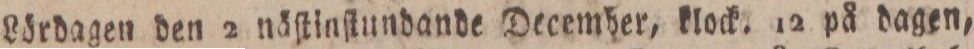
Lördagen den 2 näſtinſtundande December, klock. 12 på dagen,